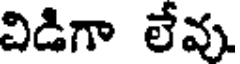
విడిగా లేవు.